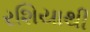
રશિયાથી